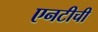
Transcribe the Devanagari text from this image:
एनटीची